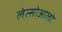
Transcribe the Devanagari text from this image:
लेत्सोआलो